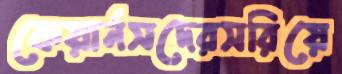
কেয়ার্নসদেরসরিয়ে